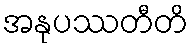
အနုပဿတီတိ